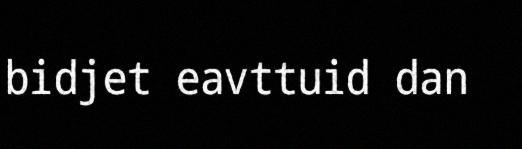
bidjet eavttuid dan